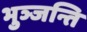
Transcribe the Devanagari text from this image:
भुञ्जन्ति